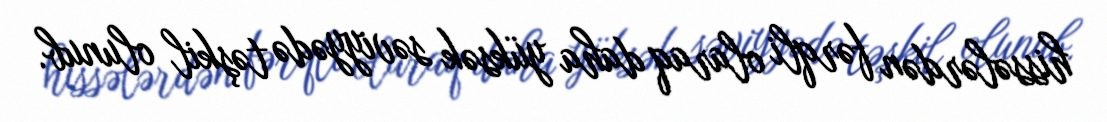
hissələrdən fərqli olaraq daha yüksək səviyyədə təşkil olunub.